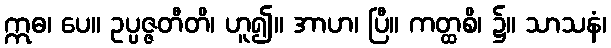
ဣဓ၊ ပေ။ ဥပ္ပဇ္ဇတီတိ၊ ဟူ၍။ အာဟ၊ ပြီ။ ကတ္ထစိ၊ ၌။ သာသနံ၊